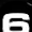
Digit: 6